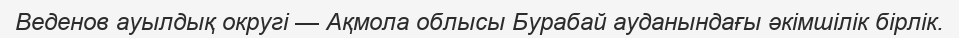
Веденов ауылдық округі — Ақмола облысы Бурабай ауданындағы әкімшілік бірлік.